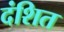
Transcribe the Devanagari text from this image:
दंशित